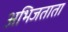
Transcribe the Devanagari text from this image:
अभिजताता